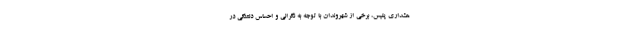
هشداری پلیس، برخی از شهروندان با توجه به نگرانی و احساس دلتنگی در